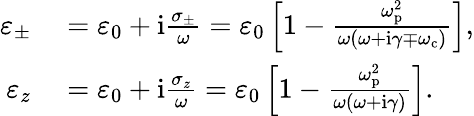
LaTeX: \begin{array}{rl}{\varepsilon_{\pm}}&{{}=\varepsilon_{0}+\mathrm{i}\frac{\sigma_{\pm}}{\omega}=\varepsilon_{0}\left[1-\frac{\omega_{\mathrm{p}}^{2}}{\omega(\omega+\mathrm{i}\gamma\mp\omega_{\mathrm{c}})}\right],}\\ {\varepsilon_{z}}&{{}=\varepsilon_{0}+\mathrm{i}\frac{\sigma_{z}}{\omega}=\varepsilon_{0}\left[1-\frac{\omega_{\mathrm{p}}^{2}}{\omega(\omega+\mathrm{i}\gamma)}\right].}\end{array}